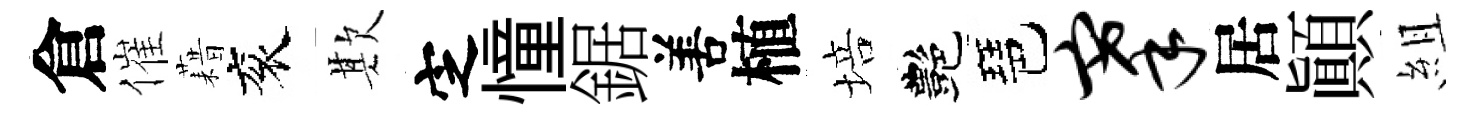
倉催藉衮欺㝎憧鋸𠵊植培艷琶搴居顚組